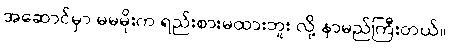
အဆောင်မှာ မမမိုးက ရည်းစားမထားဘူး လို့ နာမည်ကြီးတယ်။